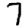
Digit: 7